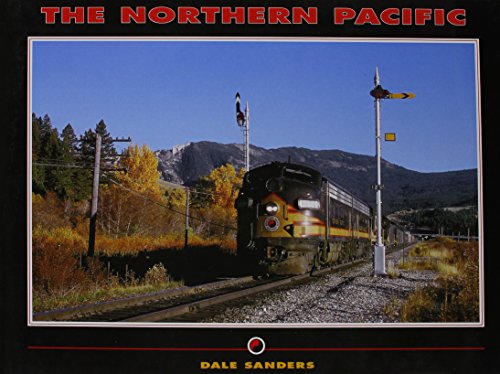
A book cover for The Northern Pacific; Dale Sanders; Arts & Photography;